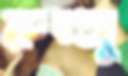
রুজ্জু